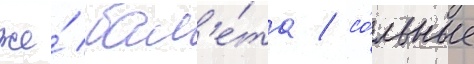
же́ бал'е́та / со́льные